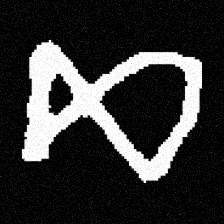
Pyu character \u2014 Myanmar letter: ဆ (romanized: cha)